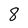
Character: 8